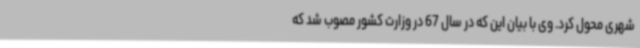
شهری محول کرد. وی با بیان این که در سال 67 در وزارت کشور مصوب شد که